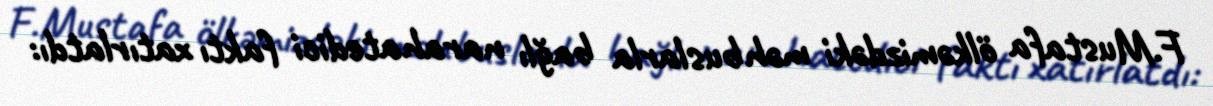
F.Mustafa ölkəmizdəki məhbuslarla bağlı narahatedici faktı xatırlatdı: